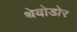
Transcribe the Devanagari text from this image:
थेयोडोर